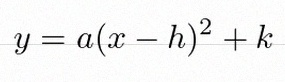
y=a(x-h)^2+k